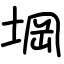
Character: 堈